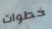
خطوات